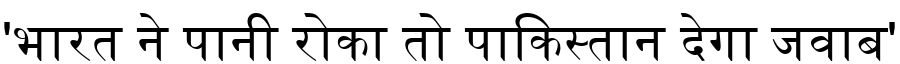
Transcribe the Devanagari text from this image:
'भारत ने पानी रोका तो पाकिस्तान देगा जवाब'